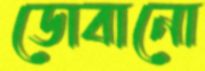
ডোবানো